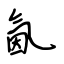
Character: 氤